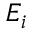
E _ { i }